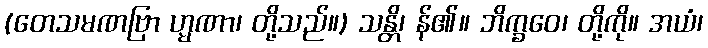
(တေသမဏဗြာ ဟ္မဏာ၊ တို့သည်။) သန္တိ၊ န်၏။ ဘိက္ခဝေ၊ တို့ကို။ အယံ၊